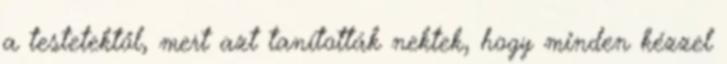
a testetektől, mert azt tanították nektek, hogy minden kézzel